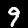
Label: 9